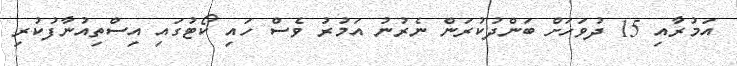
އަމުރާއި 15 ދުވަހަށް ބަންދުކުރަން ނެރުނު އަމުރު ވެސް ހައި ކޯޓުގައި އިސްތިއުނާފުކުރި